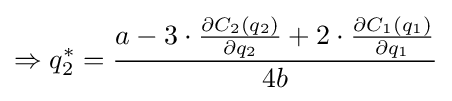
\Rightarrow q_{2}^{*}={\frac {a-3\cdot {\frac {\partial C_{2}(q_{2})}{\partial q_{2}}}+2\cdot {\frac {\partial C_{1}(q_{1})}{\partial q_{1}}}}{4b}}